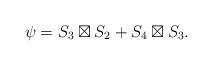
LaTeX: \begin{align*}\psi = S_3 \boxtimes S_2 + S_4 \boxtimes S_3.\end{align*}